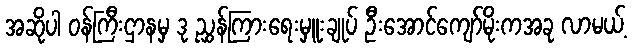
အဆိုပါ ဝန်ကြီးဌာနမှ ဒု ညွှန်ကြားရေးမှူးချုပ် ဦးအောင်ကျော်မိုးကအခု လာမယ့်